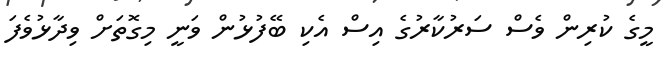
މީގެ ކުރިން ވެސް ސަރުކާރުގެ އިސް އެކި ބޭފުޅުން ވަނީ މިގޮތަށް ވިދާޅުވެފަ